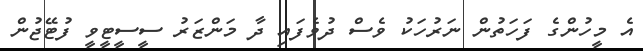
އެ މީހުންގެ ފަހަތުން ނަރުހަކު ވެސް ދުވެފައި ދާ މަންޒަރު ސީސީޓީވީ ފުޓޭޖުން